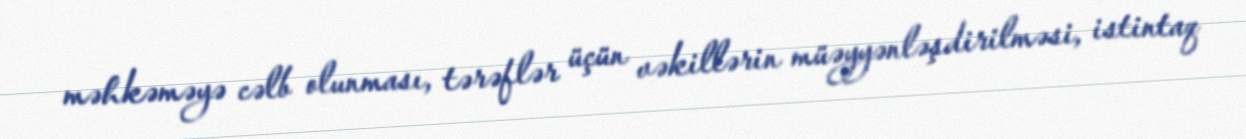
məhkəməyə cəlb olunması, tərəflər üçün vəkillərin müəyyənləşdirilməsi, istintaq